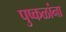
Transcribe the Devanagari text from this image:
पुष्कळांना